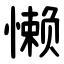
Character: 懒